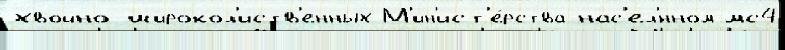
хвойно-широкол'иств'енных М'ин'ист'е́рства нас'ел'́нном мс4